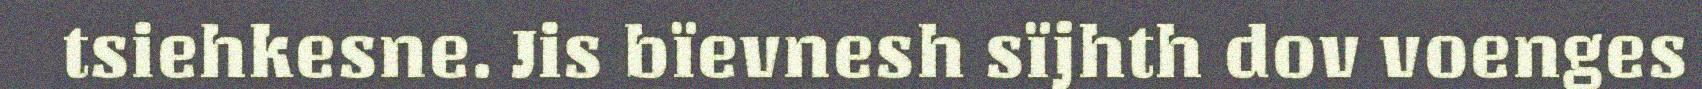
tsiehkesne. Jis bïevnesh sïjhth dov voenges